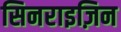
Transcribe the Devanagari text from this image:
सिनराइज़िन